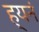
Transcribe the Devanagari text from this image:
ह्यनं